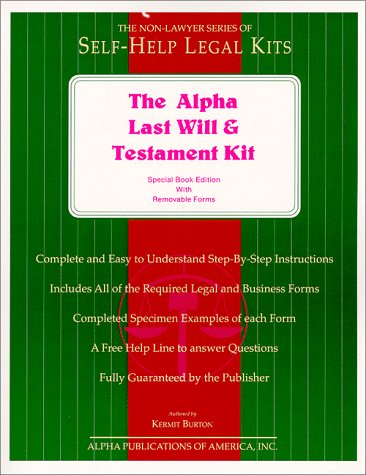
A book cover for The Alpha Last Will and Testament Kit: Special Book Edition With Removable Forms; Kermit Burton; Law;